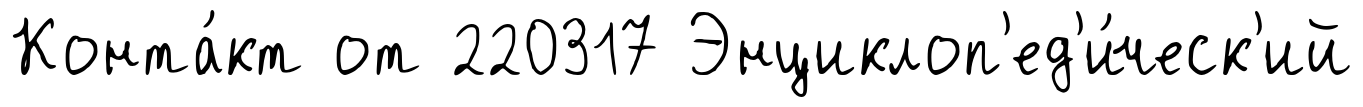
Конта́кт от 220317 Энциклоп'ед'и́ческ'ий